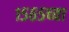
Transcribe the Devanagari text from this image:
१५६५च्या